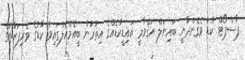
ޕާސްޕޯޓް ކާޑު ވެގެންދާނީ ބައިނަލް އަޤްވާމީ އައިޑީކާޑެއްގެ އިތުރުން ބީއެމްއެލްގައިވާ ކާޑުގެ ވެރިފަރާތުގެ